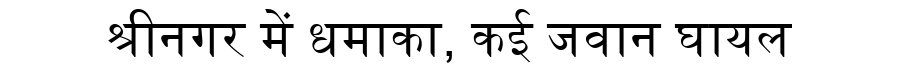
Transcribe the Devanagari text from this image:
श्रीनगर में धमाका, कई जवान घायल